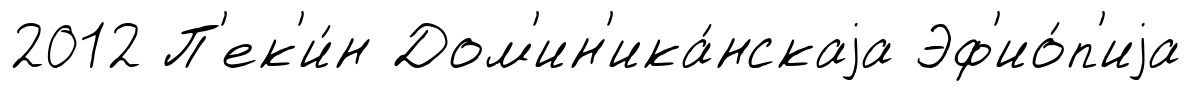
2012 П'ек'и́н Дом'ин'ика́нскаjа Эф'ио́п'иjа